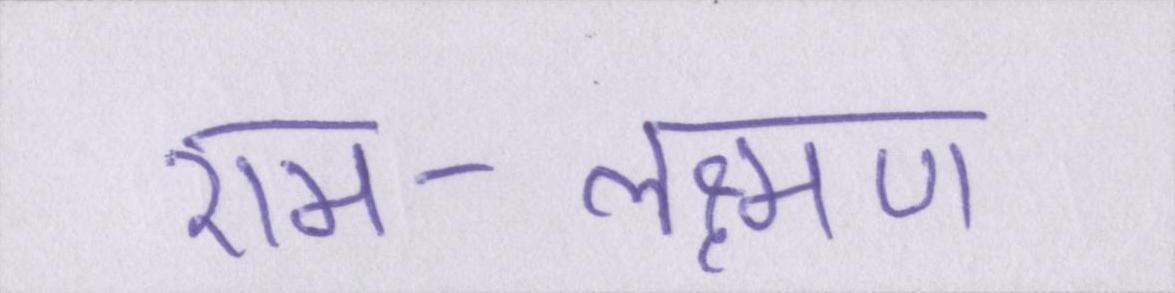
राम-लक्ष्मण